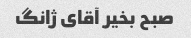
صبح بخیر آقای ژانگ